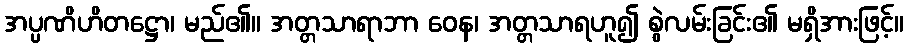
အပ္ပဏိဟိတဋ္ဌော၊ မည်၏။ အတ္တသာရာဘာ ဝေန၊ အတ္တသာရဟူ၍ စွဲလမ်းခြင်း၏ မရှိအားဖြင့်။